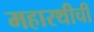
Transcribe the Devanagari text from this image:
महारथीची